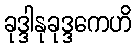
ခုဒ္ဒါနုခုဒ္ဒကေဟိ